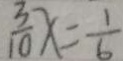
\frac { 3 } { 1 0 } x = \frac { 1 } { 6 }